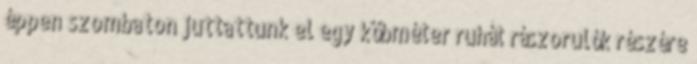
éppen szombaton juttattunk el egy köbméter ruhát rászorulók részére